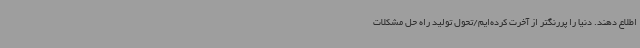
اطلاع دهند. دنیا را پررنگتر از آخرت کرده‌ایم/تحول تولید راه حل مشکلات